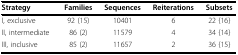
<table><thead><tr><td><b>Strategy</b></td><td><b>Families</b></td><td><b>Sequences</b></td><td><b>Reiterations</b></td><td><b>Subsets</b></td></tr></thead><tbody><tr><td>I, exclusive</td><td>92 (15)</td><td>10401</td><td>6</td><td>22 {16}</td></tr><tr><td>II, intermediate</td><td>86 (2)</td><td>11579</td><td>4</td><td>34 {14}</td></tr><tr><td>III, inclusive</td><td>85 (2)</td><td>11657</td><td>2</td><td>36 {15}</td></tr></tbody></table>